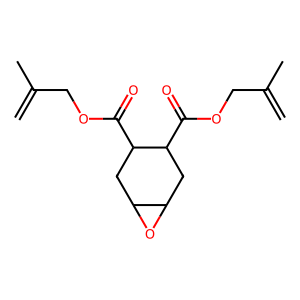
SMILES: C=C(C)COC(=O)C1CC2OC2CC1C(=O)OCC(=C)C
Inhibits HIV replication: No